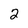
Character: 2